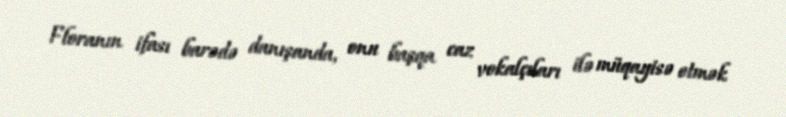
Floranın ifası barədə danışanda, onu başqa caz vokalçıları ilə müqayisə etmək